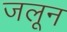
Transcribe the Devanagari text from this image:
जलून